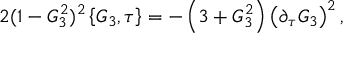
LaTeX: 2 ( 1 - { \cal G } _ { 3 } ^ { 2 } ) ^ { 2 } \left\{ { \cal G } _ { 3 } , \tau \right\} = - \left( 3 + { \cal G } _ { 3 } ^ { 2 } \right) \left( \partial _ { \tau } { \cal G } _ { 3 } \right) ^ { 2 } ,